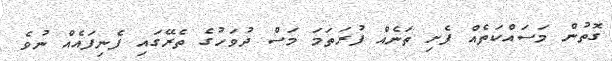
ގޮތުން މަސައްކަތެއް ފެށި ތަނެއް ފުރަތަމަ މަސް ދުވަހުގެ ތެރޭގައި ފެނިފައެއް ނުވެ